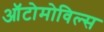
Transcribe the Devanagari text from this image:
ऑटोमोविल्स